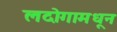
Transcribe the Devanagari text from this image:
लदोगामधून